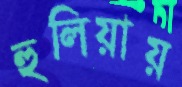
হুলিয়ায়